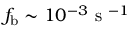
f _ { \mathrm { b } } \sim 1 0 ^ { - 3 } \mathrm { ~ s ~ } ^ { - 1 }